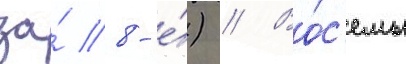
за́ 8-е́) // Во́с'емь